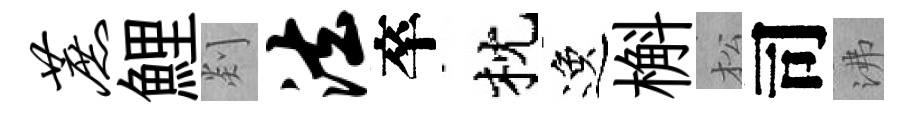
蔗鯉剡法卒枕逸槲松司沸